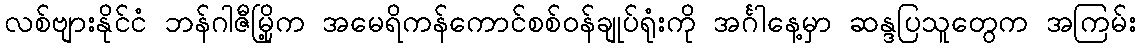
လစ်ဗျားနိုင်ငံ ဘန်ဂါဇီမြို့က အမေရိကန်ကောင်စစ်ဝန်ချုပ်ရုံးကို အင်္ဂါနေ့မှာ ဆန္ဒပြသူတွေက အကြမ်း